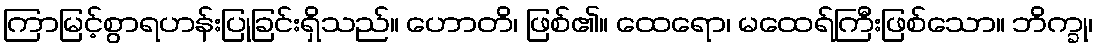
ကြာမြင့်စွာရဟန်းပြုခြင်းရှိသည်။ ဟောတိ၊ ဖြစ်၏။ ထေရော၊ မထေရ်ကြီးဖြစ်သော။ ဘိက္ခု၊